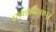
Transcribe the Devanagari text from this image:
बसवन्नाबीजापुर